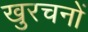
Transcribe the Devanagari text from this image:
खुरचनों